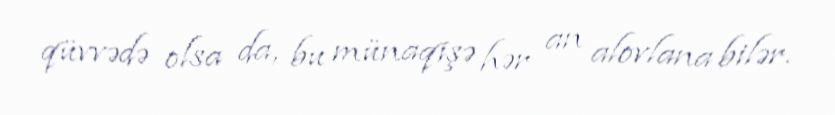
qüvvədə olsa da, bu münaqişə hər an alovlana bilər.